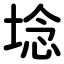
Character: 埝